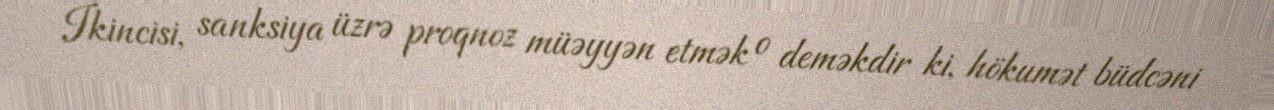
İkincisi, sanksiya üzrə proqnoz müəyyən etmək o deməkdir ki, hökumət büdcəni